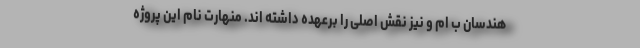
هندسان ب ام و نیز نقش اصلی را برعهده داشته اند. منهارت نام این پروژه